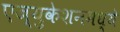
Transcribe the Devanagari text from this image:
एज्युकेशनमध्ये